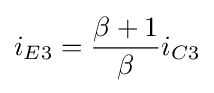
i_{E3}={\frac {\beta +1}{\beta }}i_{C3}